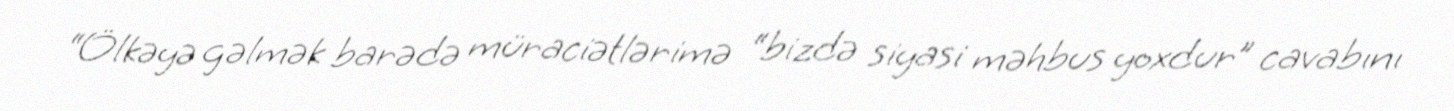
“Ölkəyə gəlmək barədə müraciətlərimə “bizdə siyasi məhbus yoxdur” cavabını